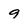
Character: 9